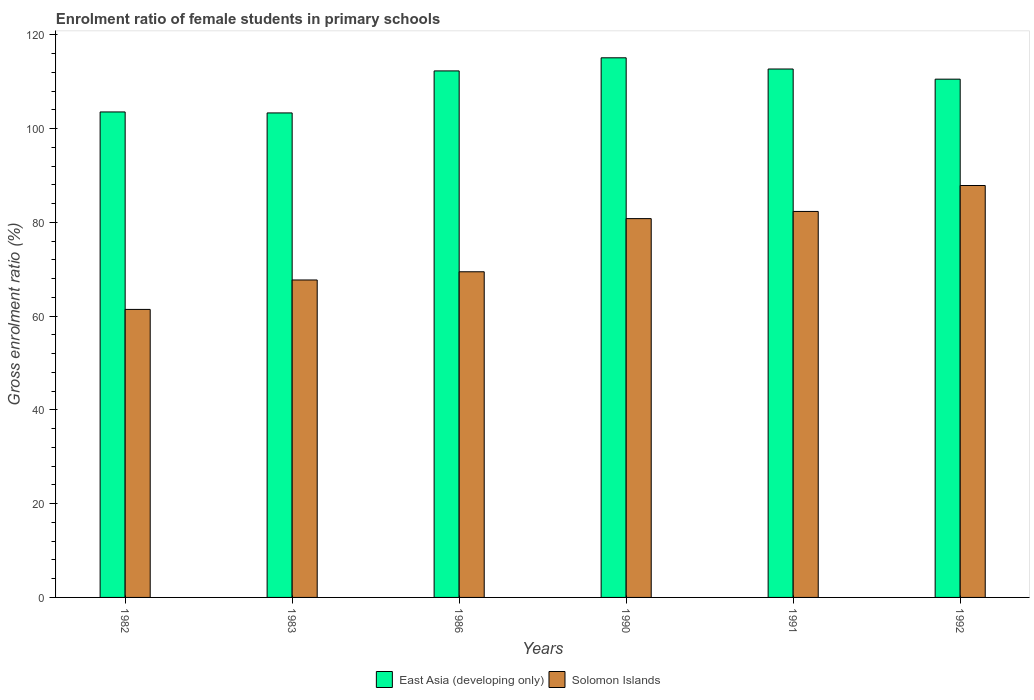
| Years | East Asia (developing only) | Solomon Islands |
 | --- | --- | --- |
 | 1982 | 104 | 61.4 |
 | 1983 | 103 | 67.7 |
 | 1986 | 112 | 69.5 |
 | 1990 | 115 | 80.8 |
 | 1991 | 113 | 82.3 |
 | 1992 | 111 | 87.9 |